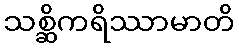
သစ္ဆိကရိဿာမာတိ